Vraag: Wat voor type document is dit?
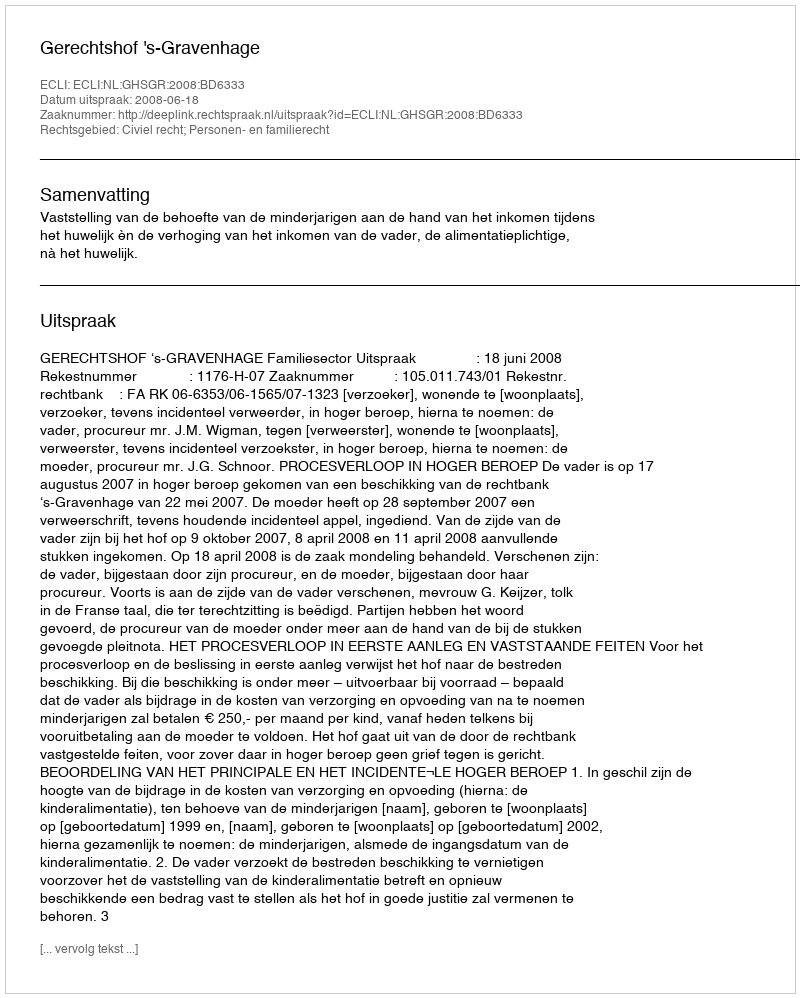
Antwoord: Uitspraak